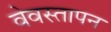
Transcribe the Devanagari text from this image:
वेवस्तापन